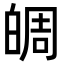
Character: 皗